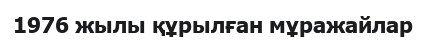
1976 жылы құрылған мұражайлар